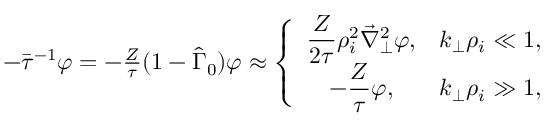
\begin{array} { r } { - \bar { \tau } ^ { - 1 } \varphi = - \frac { Z } { \tau } ( 1 - \hat { \Gamma } _ { 0 } ) \varphi \approx \left\{ \begin{array} { c c } { \displaystyle \frac { Z } { 2 \tau } \rho _ { i } ^ { 2 } \vec { \nabla } _ { \perp } ^ { 2 } \varphi , } & { \displaystyle k _ { \perp } \rho _ { i } \ll 1 , } \\ { \displaystyle - \frac { Z } { \tau } \varphi , } & { \displaystyle k _ { \perp } \rho _ { i } \gg 1 , } \end{array} \right. } \end{array}